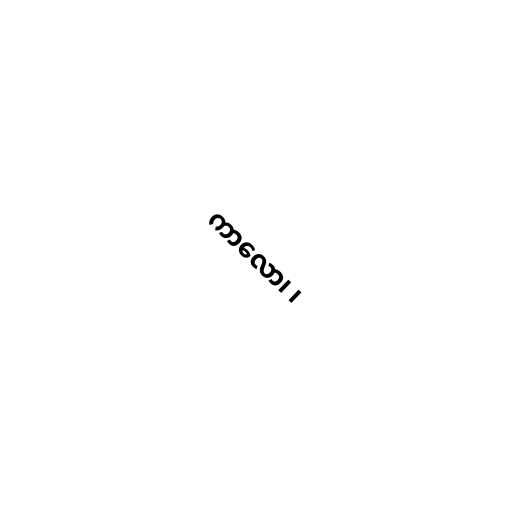
ကာလော၊ ၊